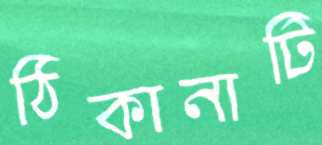
ঠিকানাটি